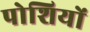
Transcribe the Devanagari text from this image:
पोशियों